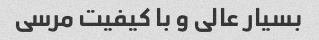
بسیار عالی و با کیفیت مرسی